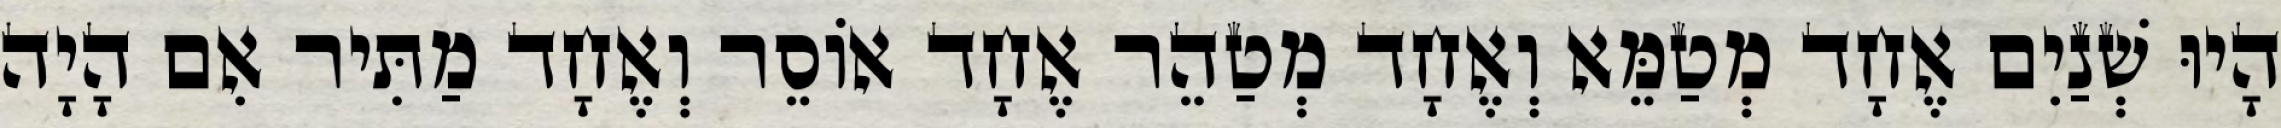
הָיוּ שְׁנַיִם אֶחָד מְטַמֵּא וְאֶחָד מְטַהֵר אֶחָד אוֹסֵר וְאֶחָד מַתִּיר אִם הָיָה